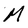
Character: M